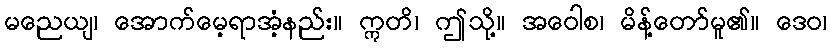
မညေယျ၊ အောက်မေ့ရာအံ့နည်း။ ဣတိ၊ ဤသို့။ အဝေါစ၊ မိန့်တော်မူ၏။ ဒေဝ၊